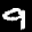
Label: 9